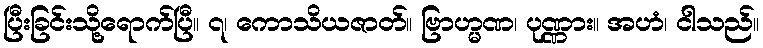
ပြီးခြင်းသို့ရောက်ပြီ။ ၇၊ ကောသိယဇာတ်။ ဗြာဟ္မဏ၊ ပုဏ္ဏား။ အဟံ၊ ငါသည်။